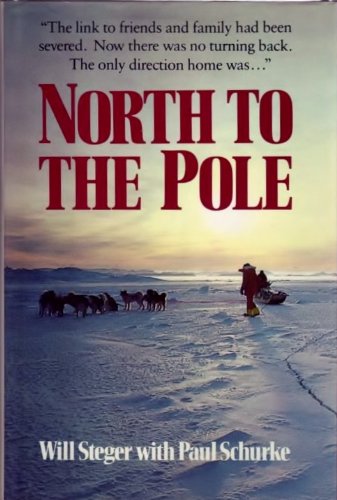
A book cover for North to the Pole; Will Steger; Travel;